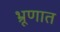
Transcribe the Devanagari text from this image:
भ्रूणात